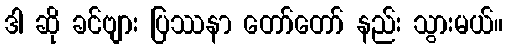
ဒါ ဆို ခင်ဗျား ပြဿနာ တော်တော် နည်း သွားမယ်။